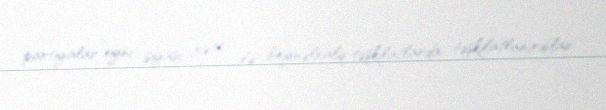
partiyalar eyni siyasi xətt ilə beynəlxalq təşkilatlarda təşkilatlanırdılar.